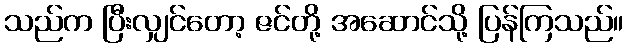
သည်က ပြီးလျှင်တော့ ဇင်တို့ အဆောင်သို့ ပြန်ကြသည်။